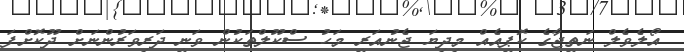
އޯލެވެލް ނަތީޖާގެ ކޮޕީއެއް މިދިޔަ ޖެނުއަރީ މަހު ސްކޫލްތަކުން ވަނީ ދަރިވަރުންނަށް ދޫކޮށްފަ